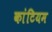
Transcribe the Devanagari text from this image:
कांटियम